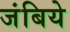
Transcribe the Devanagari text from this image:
जंबिये